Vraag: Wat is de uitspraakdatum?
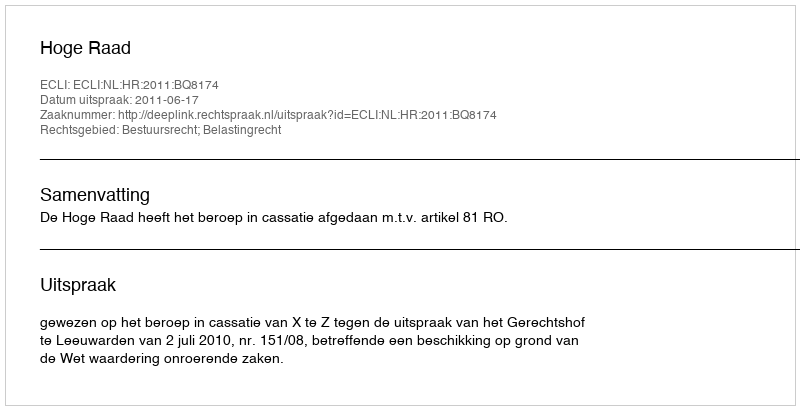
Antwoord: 2011-06-17